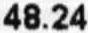
48.24